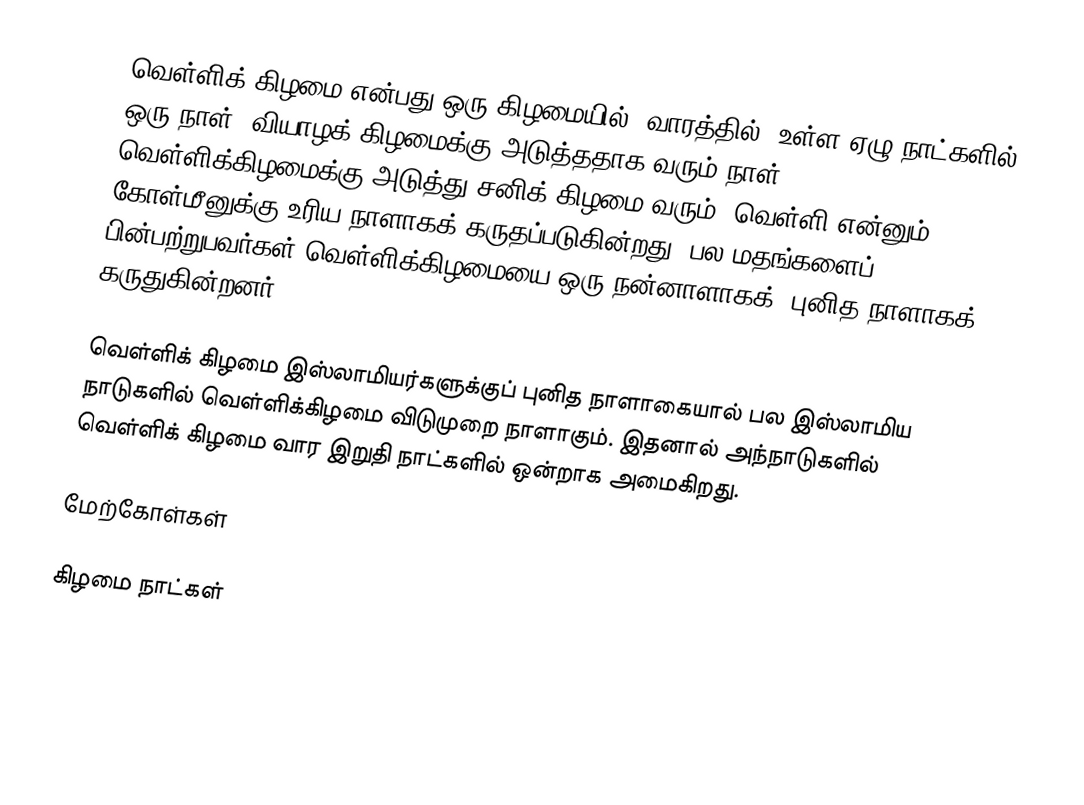
வெள்ளிக் கிழமை என்பது ஒரு கிழமையில் (வாரத்தில்) உள்ள ஏழு நாட்களில் ஒரு நாள். வியாழக் கிழமைக்கு அடுத்ததாக வரும் நாள். வெள்ளிக்கிழமைக்கு அடுத்து சனிக் கிழமை வரும். வெள்ளி என்னும் கோள்மீனுக்கு உரிய நாளாகக் கருதப்படுகின்றது. பல மதங்களைப் பின்பற்றுபவர்கள் வெள்ளிக்கிழமையை ஒரு நன்னாளாகக் (புனித நாளாகக்) கருதுகின்றனர்.

வெள்ளிக் கிழமை இஸ்லாமியர்களுக்குப் புனித நாளாகையால் பல  இஸ்லாமிய நாடுகளில் வெள்ளிக்கிழமை விடுமுறை நாளாகும். இதனால் அந்நாடுகளில் வெள்ளிக் கிழமை வார இறுதி நாட்களில் ஒன்றாக அமைகிறது.

மேற்கோள்கள்

கிழமை நாட்கள்